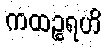
ကထဉ္စရဟိ